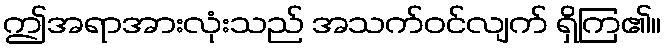
ဤအရာအားလုံးသည် အသက်ဝင်လျက် ရှိကြ၏။